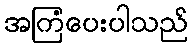
အကြံပေးပါသည်